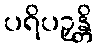
ပရိပဉှန္တိ